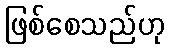
ဖြစ်စေသည်ဟု